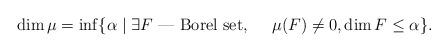
LaTeX: \begin{align*}\dim \mu = \inf \{\alpha\mid \exists F\hbox{~--- Borel set},\quad~\mu(F) \ne 0,\dim F \leq \alpha\}.\end{align*}